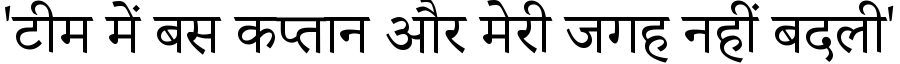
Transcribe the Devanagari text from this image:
'टीम में बस कप्तान और मेरी जगह नहीं बदली'